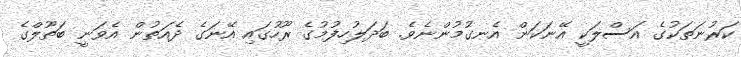
ކަރުނަތަކުގެ އަސްލަކީ އޭނަކަން އެނގުމުންނެވެ. ބަދަލުހިފުމުގެ ރޫހުގައި އޭނަގެ ދެއަތުން އެވަނީ ބަތޫލްގެ